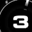
Digit: 3